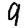
Digit: 9